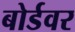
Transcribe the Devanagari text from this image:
बोर्डवर